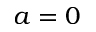
a = 0